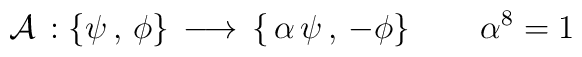
{\cal A} \, : \left \{ \psi \, , \, \phi\right \} \,\longrightarrow \,\left \{ \,\alpha \, \psi \, , \,- \phi\right \}\quad \quad\alpha^8=1